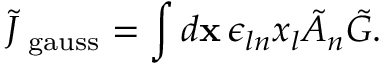
\tilde { J } _ { \mathrm { \scriptsize ~ g a u s s } } = \int { d { \bf x } \, \epsilon _ { l n } x _ { l } \tilde { A } _ { n } \tilde { \cal G } } .